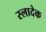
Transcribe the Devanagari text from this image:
स्लादेक